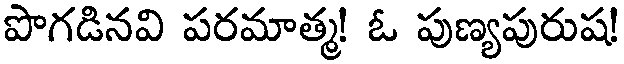
పొగడినవి పరమాత్మ! ఓ పుణ్యపురుష!